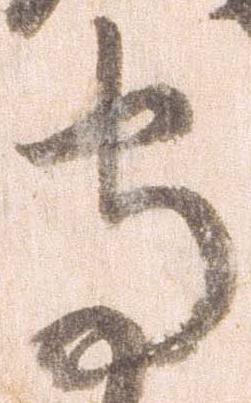
守